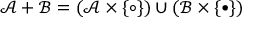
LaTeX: { \mathcal { A } } + { \mathcal { B } } = ( { \mathcal { A } } \times \{ \circ \} ) \cup ( { \mathcal { B } } \times \{ \bullet \} )